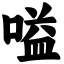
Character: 嗌